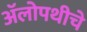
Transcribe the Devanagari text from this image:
अॅलोपथीचे